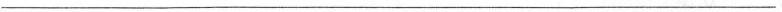
___